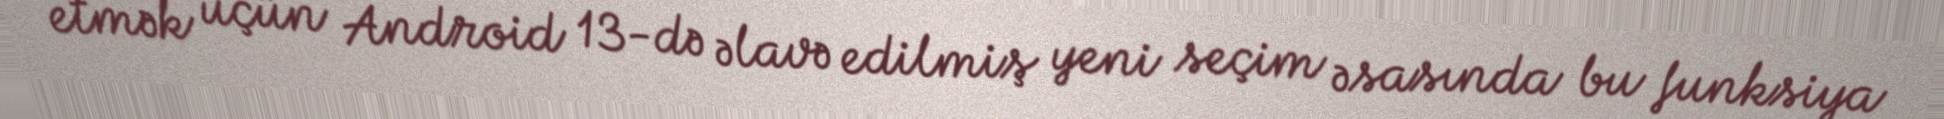
etmək üçün Android 13-də əlavə edilmiş yeni seçim əsasında bu funksiya